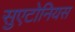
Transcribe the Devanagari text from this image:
सुएटोनियस